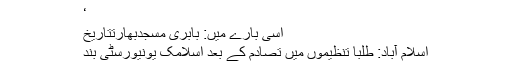
‘
اسی بارے میں: بابری مسجدبھارتتاریخ
اسلام آباد: طلبا تنظیموں میں تصادم کے بعد اسلامک یونیورسٹی بند